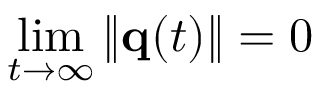
\operatorname* { l i m } _ { t \to \infty } \| { \bf q } ( t ) \| = 0